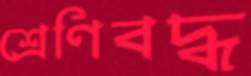
শ্রেণিবদ্ধ